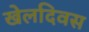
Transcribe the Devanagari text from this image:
खेलदिवस